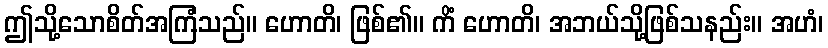
ဤသို့သောစိတ်အကြံသည်။ ဟောတိ၊ ဖြစ်၏။ ကိံ ဟောတိ၊ အဘယ်သို့ဖြစ်သနည်း။ အဟံ၊